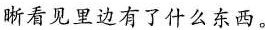
晰看见里边有了什么东西。